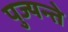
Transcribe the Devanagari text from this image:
पुज्यन्ते